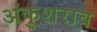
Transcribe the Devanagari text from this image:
अंकुशराव